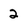
Character: 2